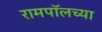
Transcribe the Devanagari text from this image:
रामपॉलच्या